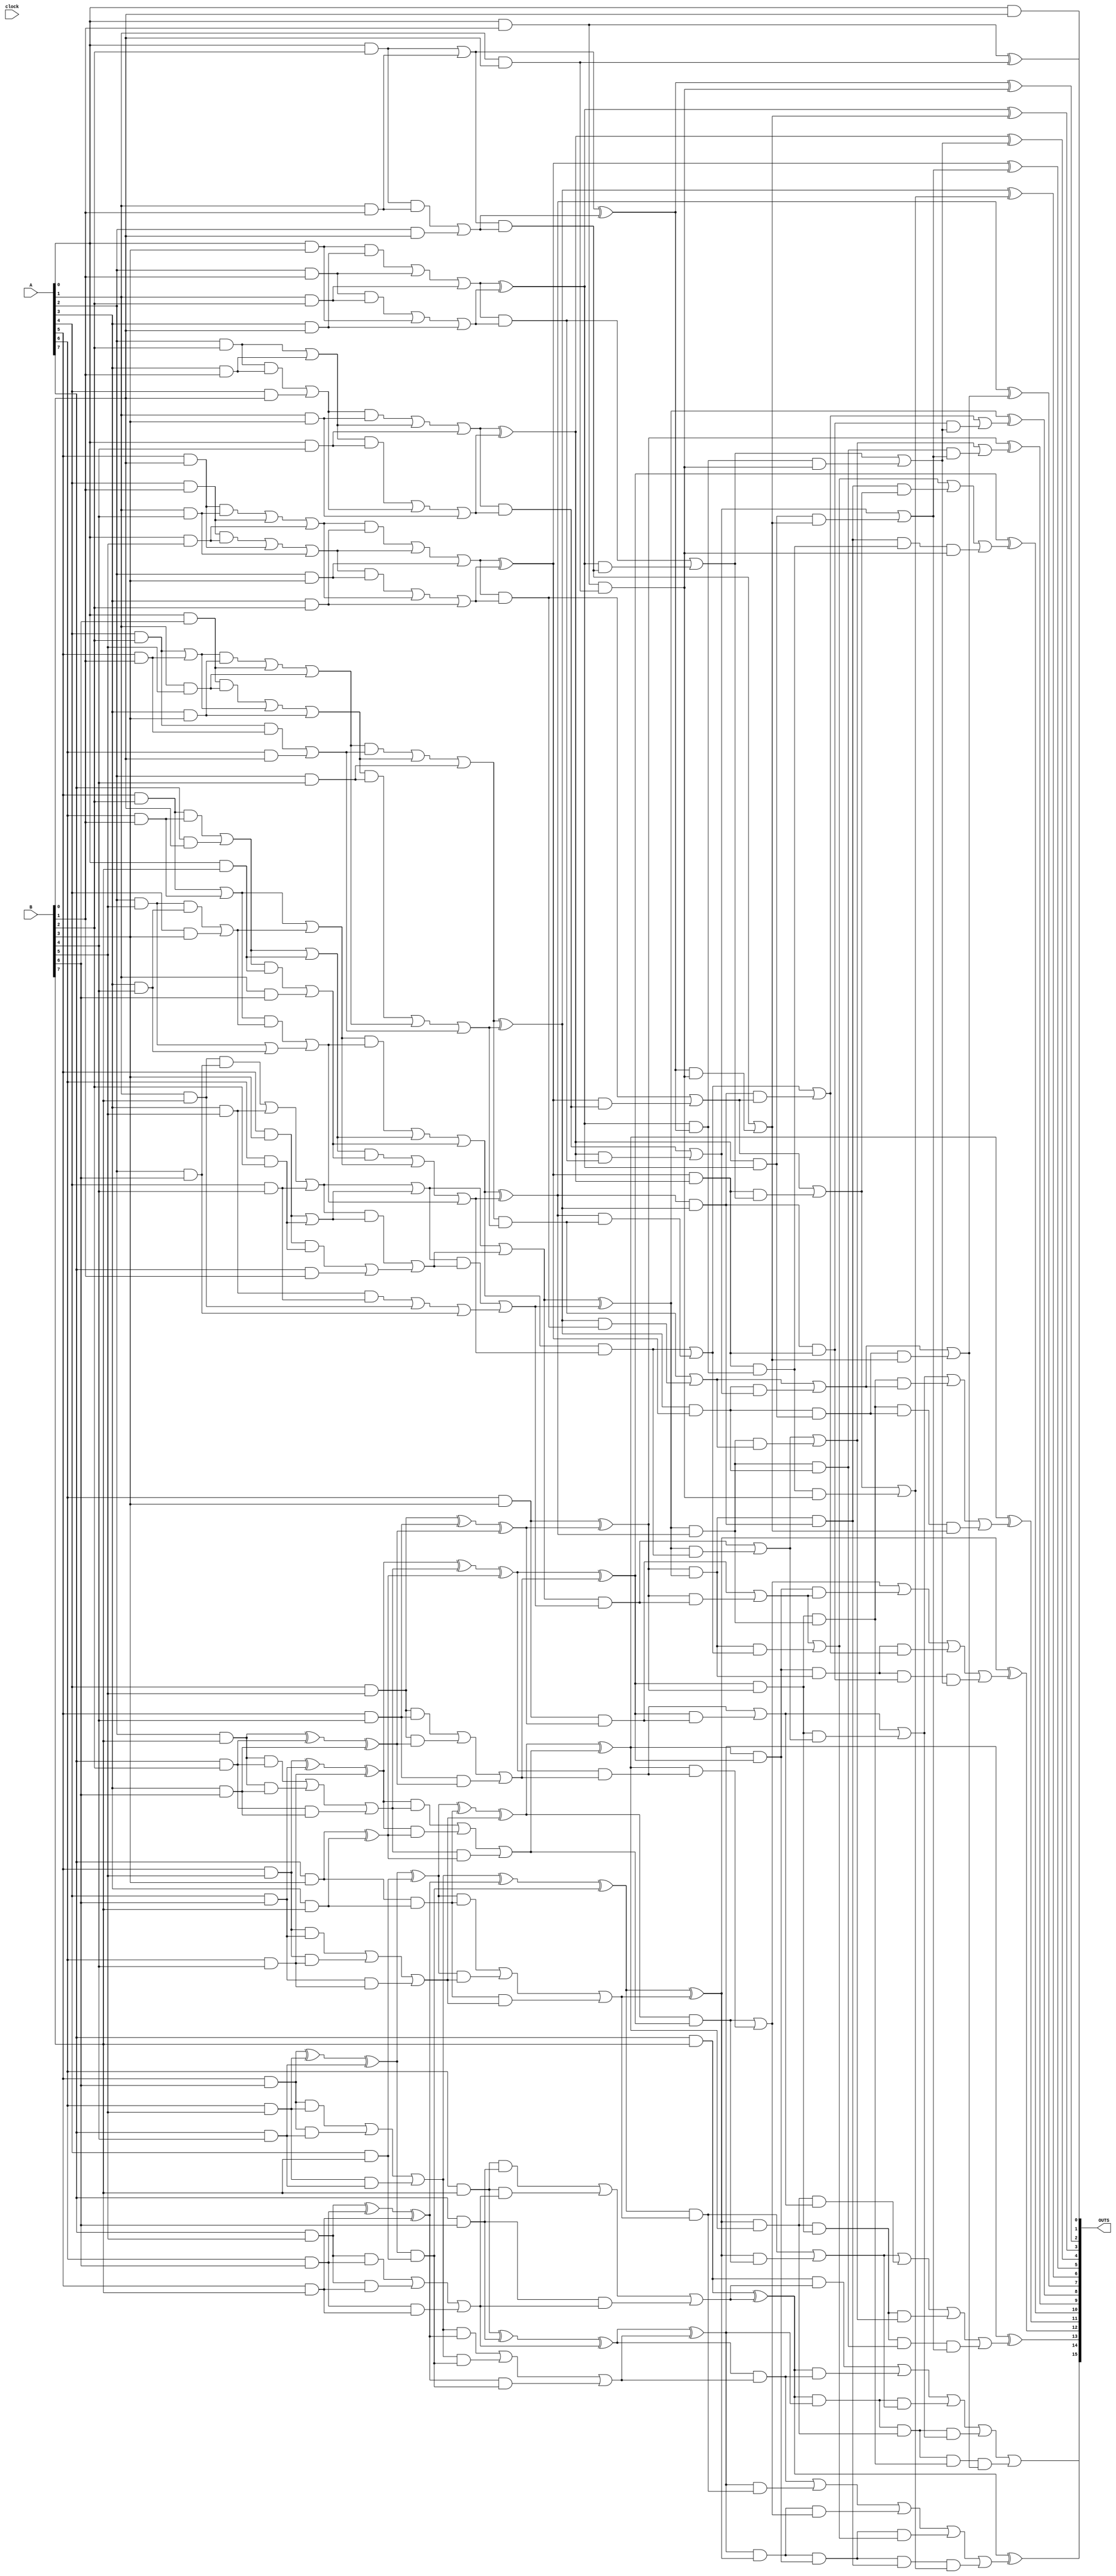
// Generated by MyHDL 0.11


`timescale 1ns/10ps

module Multiplier_KoggeStone (
    A,
    B,
    clock,
    OUTS
);

input clock;
input [7:0] A;
input [7:0] B;
output [15:0] OUTS;
wire [15:0] OUTS;

wire [28:0] OutBits_ct;
wire [63:0] Multiplier0_OutBits_ppg;
wire [63:0] Multiplier0_PPG0_outs_vec;
wire [0:0] Multiplier0_PPG0_AND0_out;
wire [0:0] Multiplier0_PPG0_AND1_out;
wire [0:0] Multiplier0_PPG0_AND2_out;
wire [0:0] Multiplier0_PPG0_AND3_out;
wire [0:0] Multiplier0_PPG0_AND4_out;
wire [0:0] Multiplier0_PPG0_AND5_out;
wire [0:0] Multiplier0_PPG0_AND6_out;
wire [0:0] Multiplier0_PPG0_AND7_out;
wire [0:0] Multiplier0_PPG0_AND8_out;
wire [0:0] Multiplier0_PPG0_AND9_out;
wire [0:0] Multiplier0_PPG0_AND10_out;
wire [0:0] Multiplier0_PPG0_AND11_out;
wire [0:0] Multiplier0_PPG0_AND12_out;
wire [0:0] Multiplier0_PPG0_AND13_out;
wire [0:0] Multiplier0_PPG0_AND14_out;
wire [0:0] Multiplier0_PPG0_AND15_out;
wire [0:0] Multiplier0_PPG0_AND16_out;
wire [0:0] Multiplier0_PPG0_AND17_out;
wire [0:0] Multiplier0_PPG0_AND18_out;
wire [0:0] Multiplier0_PPG0_AND19_out;
wire [0:0] Multiplier0_PPG0_AND20_out;
wire [0:0] Multiplier0_PPG0_AND21_out;
wire [0:0] Multiplier0_PPG0_AND22_out;
wire [0:0] Multiplier0_PPG0_AND23_out;
wire [0:0] Multiplier0_PPG0_AND24_out;
wire [0:0] Multiplier0_PPG0_AND25_out;
wire [0:0] Multiplier0_PPG0_AND26_out;
wire [0:0] Multiplier0_PPG0_AND27_out;
wire [0:0] Multiplier0_PPG0_AND28_out;
wire [0:0] Multiplier0_PPG0_AND29_out;
wire [0:0] Multiplier0_PPG0_AND30_out;
wire [0:0] Multiplier0_PPG0_AND31_out;
wire [0:0] Multiplier0_PPG0_AND32_out;
wire [0:0] Multiplier0_PPG0_AND33_out;
wire [0:0] Multiplier0_PPG0_AND34_out;
wire [0:0] Multiplier0_PPG0_AND35_out;
wire [0:0] Multiplier0_PPG0_AND36_out;
wire [0:0] Multiplier0_PPG0_AND37_out;
wire [0:0] Multiplier0_PPG0_AND38_out;
wire [0:0] Multiplier0_PPG0_AND39_out;
wire [0:0] Multiplier0_PPG0_AND40_out;
wire [0:0] Multiplier0_PPG0_AND41_out;
wire [0:0] Multiplier0_PPG0_AND42_out;
wire [0:0] Multiplier0_PPG0_AND43_out;
wire [0:0] Multiplier0_PPG0_AND44_out;
wire [0:0] Multiplier0_PPG0_AND45_out;
wire [0:0] Multiplier0_PPG0_AND46_out;
wire [0:0] Multiplier0_PPG0_AND47_out;
wire [0:0] Multiplier0_PPG0_AND48_out;
wire [0:0] Multiplier0_PPG0_AND49_out;
wire [0:0] Multiplier0_PPG0_AND50_out;
wire [0:0] Multiplier0_PPG0_AND51_out;
wire [0:0] Multiplier0_PPG0_AND52_out;
wire [0:0] Multiplier0_PPG0_AND53_out;
wire [0:0] Multiplier0_PPG0_AND54_out;
wire [0:0] Multiplier0_PPG0_AND55_out;
wire [0:0] Multiplier0_PPG0_AND56_out;
wire [0:0] Multiplier0_PPG0_AND57_out;
wire [0:0] Multiplier0_PPG0_AND58_out;
wire [0:0] Multiplier0_PPG0_AND59_out;
wire [0:0] Multiplier0_PPG0_AND60_out;
wire [0:0] Multiplier0_PPG0_AND61_out;
wire [0:0] Multiplier0_PPG0_AND62_out;
wire [0:0] Multiplier0_PPG0_AND63_out;
wire [28:0] Multiplier0_CompressorTree0_outs_vec;
wire [0:0] Multiplier0_CompressorTree0_AC320_out1;
wire [0:0] Multiplier0_CompressorTree0_AC320_out2;
wire [0:0] Multiplier0_CompressorTree0_AC321_out1;
wire [0:0] Multiplier0_CompressorTree0_AC321_out2;
wire [0:0] Multiplier0_CompressorTree0_AC322_out1;
wire [0:0] Multiplier0_CompressorTree0_AC322_out2;
wire [0:0] Multiplier0_CompressorTree0_AC323_out1;
wire [0:0] Multiplier0_CompressorTree0_AC323_out2;
wire [0:0] Multiplier0_CompressorTree0_AC324_out1;
wire [0:0] Multiplier0_CompressorTree0_AC324_out2;
wire [0:0] Multiplier0_CompressorTree0_AC420_out1;
wire [0:0] Multiplier0_CompressorTree0_AC420_out2;
wire [0:0] Multiplier0_CompressorTree0_AC325_out1;
wire [0:0] Multiplier0_CompressorTree0_AC325_out2;
wire [0:0] Multiplier0_CompressorTree0_FA0_cout;
wire [0:0] Multiplier0_CompressorTree0_FA0_sum;
wire [0:0] Multiplier0_CompressorTree0_AC421_out1;
wire [0:0] Multiplier0_CompressorTree0_AC421_out2;
wire [0:0] Multiplier0_CompressorTree0_AC422_out1;
wire [0:0] Multiplier0_CompressorTree0_AC422_out2;
wire [0:0] Multiplier0_CompressorTree0_AC423_out1;
wire [0:0] Multiplier0_CompressorTree0_AC423_out2;
wire [0:0] Multiplier0_CompressorTree0_AC326_out1;
wire [0:0] Multiplier0_CompressorTree0_AC326_out2;
wire [0:0] Multiplier0_CompressorTree0_AC327_out1;
wire [0:0] Multiplier0_CompressorTree0_AC327_out2;
wire [0:0] Multiplier0_CompressorTree0_AC328_out1;
wire [0:0] Multiplier0_CompressorTree0_AC328_out2;
wire [0:0] Multiplier0_CompressorTree0_FA1_cout;
wire [0:0] Multiplier0_CompressorTree0_FA1_sum;
wire [0:0] Multiplier0_CompressorTree0_FA2_cout;
wire [0:0] Multiplier0_CompressorTree0_FA2_sum;
wire [0:0] Multiplier0_CompressorTree0_HA0_cout;
wire [0:0] Multiplier0_CompressorTree0_HA0_sum;
wire [0:0] Multiplier0_CompressorTree0_HA1_cout;
wire [0:0] Multiplier0_CompressorTree0_HA1_sum;
wire [0:0] Multiplier0_CompressorTree0_FA3_cout;
wire [0:0] Multiplier0_CompressorTree0_FA3_sum;
wire [0:0] Multiplier0_CompressorTree0_AC424_out1;
wire [0:0] Multiplier0_CompressorTree0_AC424_out2;
wire [0:0] Multiplier0_CompressorTree0_AC425_out1;
wire [0:0] Multiplier0_CompressorTree0_AC425_out2;
wire [0:0] Multiplier0_CompressorTree0_AC426_out1;
wire [0:0] Multiplier0_CompressorTree0_AC426_out2;
wire [0:0] Multiplier0_CompressorTree0_AC427_out1;
wire [0:0] Multiplier0_CompressorTree0_AC427_out2;
wire [0:0] Multiplier0_CompressorTree0_AC329_out1;
wire [0:0] Multiplier0_CompressorTree0_AC329_out2;
wire [0:0] Multiplier0_CompressorTree0_FA4_cout;
wire [0:0] Multiplier0_CompressorTree0_FA4_sum;
wire [0:0] Multiplier0_CompressorTree0_FA5_cout;
wire [0:0] Multiplier0_CompressorTree0_FA5_sum;
wire [0:0] Multiplier0_CompressorTree0_FA6_cout;
wire [0:0] Multiplier0_CompressorTree0_FA6_sum;
wire [0:0] Multiplier0_CompressorTree0_FA7_cout;
wire [0:0] Multiplier0_CompressorTree0_FA7_sum;
wire [0:0] Multiplier0_CompressorTree0_FA8_cout;
wire [0:0] Multiplier0_CompressorTree0_FA8_sum;
wire [15:0] KoggeStone0_outs_vec;
wire [0:0] KoggeStone0_PG_Generator00_g;
wire [0:0] KoggeStone0_PG_Generator00_p;
wire [0:0] KoggeStone0_PG_Generator10_g;
wire [0:0] KoggeStone0_PG_Generator10_p;
wire [0:0] KoggeStone0_PG_Generator11_g;
wire [0:0] KoggeStone0_PG_Generator11_p;
wire [0:0] KoggeStone0_PG_Generator12_g;
wire [0:0] KoggeStone0_PG_Generator12_p;
wire [0:0] KoggeStone0_PG_Generator13_g;
wire [0:0] KoggeStone0_PG_Generator13_p;
wire [0:0] KoggeStone0_PG_Generator14_g;
wire [0:0] KoggeStone0_PG_Generator14_p;
wire [0:0] KoggeStone0_PG_Generator15_g;
wire [0:0] KoggeStone0_PG_Generator15_p;
wire [0:0] KoggeStone0_PG_Generator16_g;
wire [0:0] KoggeStone0_PG_Generator16_p;
wire [0:0] KoggeStone0_PG_Generator17_g;
wire [0:0] KoggeStone0_PG_Generator17_p;
wire [0:0] KoggeStone0_PG_Generator18_g;
wire [0:0] KoggeStone0_PG_Generator18_p;
wire [0:0] KoggeStone0_PG_Generator19_g;
wire [0:0] KoggeStone0_PG_Generator19_p;
wire [0:0] KoggeStone0_PG_Generator110_g;
wire [0:0] KoggeStone0_PG_Generator110_p;
wire [0:0] KoggeStone0_PG_Generator111_g;
wire [0:0] KoggeStone0_PG_Generator111_p;
wire [0:0] KoggeStone0_PG_Generator112_g;
wire [0:0] KoggeStone0_PG_Generator112_p;
wire [0:0] KoggeStone0_PG_Generator113_g;
wire [0:0] KoggeStone0_PG_Generator113_p;
wire [0:0] KoggeStone0_GrayCircle0_go;
wire [0:0] KoggeStone0_BlackCircle0_go;
wire [0:0] KoggeStone0_BlackCircle0_po;
wire [0:0] KoggeStone0_BlackCircle1_go;
wire [0:0] KoggeStone0_BlackCircle1_po;
wire [0:0] KoggeStone0_BlackCircle2_go;
wire [0:0] KoggeStone0_BlackCircle2_po;
wire [0:0] KoggeStone0_BlackCircle3_go;
wire [0:0] KoggeStone0_BlackCircle3_po;
wire [0:0] KoggeStone0_BlackCircle4_go;
wire [0:0] KoggeStone0_BlackCircle4_po;
wire [0:0] KoggeStone0_BlackCircle5_go;
wire [0:0] KoggeStone0_BlackCircle5_po;
wire [0:0] KoggeStone0_BlackCircle6_go;
wire [0:0] KoggeStone0_BlackCircle6_po;
wire [0:0] KoggeStone0_BlackCircle7_go;
wire [0:0] KoggeStone0_BlackCircle7_po;
wire [0:0] KoggeStone0_BlackCircle8_go;
wire [0:0] KoggeStone0_BlackCircle8_po;
wire [0:0] KoggeStone0_BlackCircle9_go;
wire [0:0] KoggeStone0_BlackCircle9_po;
wire [0:0] KoggeStone0_BlackCircle10_go;
wire [0:0] KoggeStone0_BlackCircle10_po;
wire [0:0] KoggeStone0_BlackCircle11_go;
wire [0:0] KoggeStone0_BlackCircle11_po;
wire [0:0] KoggeStone0_BlackCircle12_go;
wire [0:0] KoggeStone0_BlackCircle12_po;
wire [0:0] KoggeStone0_GrayCircle1_go;
wire [0:0] KoggeStone0_GrayCircle2_go;
wire [0:0] KoggeStone0_BlackCircle13_go;
wire [0:0] KoggeStone0_BlackCircle13_po;
wire [0:0] KoggeStone0_BlackCircle14_go;
wire [0:0] KoggeStone0_BlackCircle14_po;
wire [0:0] KoggeStone0_BlackCircle15_go;
wire [0:0] KoggeStone0_BlackCircle15_po;
wire [0:0] KoggeStone0_BlackCircle16_go;
wire [0:0] KoggeStone0_BlackCircle16_po;
wire [0:0] KoggeStone0_BlackCircle17_go;
wire [0:0] KoggeStone0_BlackCircle17_po;
wire [0:0] KoggeStone0_BlackCircle18_go;
wire [0:0] KoggeStone0_BlackCircle18_po;
wire [0:0] KoggeStone0_BlackCircle19_go;
wire [0:0] KoggeStone0_BlackCircle19_po;
wire [0:0] KoggeStone0_BlackCircle20_go;
wire [0:0] KoggeStone0_BlackCircle20_po;
wire [0:0] KoggeStone0_BlackCircle21_go;
wire [0:0] KoggeStone0_BlackCircle21_po;
wire [0:0] KoggeStone0_BlackCircle22_go;
wire [0:0] KoggeStone0_BlackCircle22_po;
wire [0:0] KoggeStone0_BlackCircle23_go;
wire [0:0] KoggeStone0_BlackCircle23_po;
wire [0:0] KoggeStone0_GrayCircle3_go;
wire [0:0] KoggeStone0_GrayCircle4_go;
wire [0:0] KoggeStone0_GrayCircle5_go;
wire [0:0] KoggeStone0_GrayCircle6_go;
wire [0:0] KoggeStone0_BlackCircle24_go;
wire [0:0] KoggeStone0_BlackCircle24_po;
wire [0:0] KoggeStone0_BlackCircle25_go;
wire [0:0] KoggeStone0_BlackCircle25_po;
wire [0:0] KoggeStone0_BlackCircle26_go;
wire [0:0] KoggeStone0_BlackCircle26_po;
wire [0:0] KoggeStone0_BlackCircle27_go;
wire [0:0] KoggeStone0_BlackCircle27_po;
wire [0:0] KoggeStone0_BlackCircle28_go;
wire [0:0] KoggeStone0_BlackCircle28_po;
wire [0:0] KoggeStone0_BlackCircle29_go;
wire [0:0] KoggeStone0_BlackCircle29_po;
wire [0:0] KoggeStone0_BlackCircle30_go;
wire [0:0] KoggeStone0_BlackCircle30_po;
wire [0:0] KoggeStone0_GrayCircle7_go;
wire [0:0] KoggeStone0_GrayCircle8_go;
wire [0:0] KoggeStone0_GrayCircle9_go;
wire [0:0] KoggeStone0_GrayCircle10_go;
wire [0:0] KoggeStone0_GrayCircle11_go;
wire [0:0] KoggeStone0_GrayCircle12_go;
wire [0:0] KoggeStone0_GrayCircle13_go;
wire [0:0] KoggeStone0_FinalSum0_sum;
wire [0:0] KoggeStone0_FinalSum1_sum;
wire [0:0] KoggeStone0_FinalSum2_sum;
wire [0:0] KoggeStone0_FinalSum3_sum;
wire [0:0] KoggeStone0_FinalSum4_sum;
wire [0:0] KoggeStone0_FinalSum5_sum;
wire [0:0] KoggeStone0_FinalSum6_sum;
wire [0:0] KoggeStone0_FinalSum7_sum;
wire [0:0] KoggeStone0_FinalSum8_sum;
wire [0:0] KoggeStone0_FinalSum9_sum;
wire [0:0] KoggeStone0_FinalSum10_sum;
wire [0:0] KoggeStone0_FinalSum11_sum;
wire [0:0] KoggeStone0_FinalSum12_sum;
wire [0:0] KoggeStone0_FinalSum13_sum;

assign Multiplier0_PPG0_outs_vec[63] = Multiplier0_PPG0_AND63_out[0];
assign Multiplier0_PPG0_outs_vec[62] = Multiplier0_PPG0_AND61_out[0];
assign Multiplier0_PPG0_outs_vec[61] = Multiplier0_PPG0_AND62_out[0];
assign Multiplier0_PPG0_outs_vec[60] = Multiplier0_PPG0_AND58_out[0];
assign Multiplier0_PPG0_outs_vec[59] = Multiplier0_PPG0_AND59_out[0];
assign Multiplier0_PPG0_outs_vec[58] = Multiplier0_PPG0_AND60_out[0];
assign Multiplier0_PPG0_outs_vec[57] = Multiplier0_PPG0_AND54_out[0];
assign Multiplier0_PPG0_outs_vec[56] = Multiplier0_PPG0_AND55_out[0];
assign Multiplier0_PPG0_outs_vec[55] = Multiplier0_PPG0_AND56_out[0];
assign Multiplier0_PPG0_outs_vec[54] = Multiplier0_PPG0_AND57_out[0];
assign Multiplier0_PPG0_outs_vec[53] = Multiplier0_PPG0_AND49_out[0];
assign Multiplier0_PPG0_outs_vec[52] = Multiplier0_PPG0_AND50_out[0];
assign Multiplier0_PPG0_outs_vec[51] = Multiplier0_PPG0_AND51_out[0];
assign Multiplier0_PPG0_outs_vec[50] = Multiplier0_PPG0_AND52_out[0];
assign Multiplier0_PPG0_outs_vec[49] = Multiplier0_PPG0_AND53_out[0];
assign Multiplier0_PPG0_outs_vec[48] = Multiplier0_PPG0_AND43_out[0];
assign Multiplier0_PPG0_outs_vec[47] = Multiplier0_PPG0_AND44_out[0];
assign Multiplier0_PPG0_outs_vec[46] = Multiplier0_PPG0_AND45_out[0];
assign Multiplier0_PPG0_outs_vec[45] = Multiplier0_PPG0_AND46_out[0];
assign Multiplier0_PPG0_outs_vec[44] = Multiplier0_PPG0_AND47_out[0];
assign Multiplier0_PPG0_outs_vec[43] = Multiplier0_PPG0_AND48_out[0];
assign Multiplier0_PPG0_outs_vec[42] = Multiplier0_PPG0_AND36_out[0];
assign Multiplier0_PPG0_outs_vec[41] = Multiplier0_PPG0_AND37_out[0];
assign Multiplier0_PPG0_outs_vec[40] = Multiplier0_PPG0_AND38_out[0];
assign Multiplier0_PPG0_outs_vec[39] = Multiplier0_PPG0_AND39_out[0];
assign Multiplier0_PPG0_outs_vec[38] = Multiplier0_PPG0_AND40_out[0];
assign Multiplier0_PPG0_outs_vec[37] = Multiplier0_PPG0_AND41_out[0];
assign Multiplier0_PPG0_outs_vec[36] = Multiplier0_PPG0_AND42_out[0];
assign Multiplier0_PPG0_outs_vec[35] = Multiplier0_PPG0_AND28_out[0];
assign Multiplier0_PPG0_outs_vec[34] = Multiplier0_PPG0_AND29_out[0];
assign Multiplier0_PPG0_outs_vec[33] = Multiplier0_PPG0_AND30_out[0];
assign Multiplier0_PPG0_outs_vec[32] = Multiplier0_PPG0_AND31_out[0];
assign Multiplier0_PPG0_outs_vec[31] = Multiplier0_PPG0_AND32_out[0];
assign Multiplier0_PPG0_outs_vec[30] = Multiplier0_PPG0_AND33_out[0];
assign Multiplier0_PPG0_outs_vec[29] = Multiplier0_PPG0_AND34_out[0];
assign Multiplier0_PPG0_outs_vec[28] = Multiplier0_PPG0_AND35_out[0];
assign Multiplier0_PPG0_outs_vec[27] = Multiplier0_PPG0_AND21_out[0];
assign Multiplier0_PPG0_outs_vec[26] = Multiplier0_PPG0_AND22_out[0];
assign Multiplier0_PPG0_outs_vec[25] = Multiplier0_PPG0_AND23_out[0];
assign Multiplier0_PPG0_outs_vec[24] = Multiplier0_PPG0_AND24_out[0];
assign Multiplier0_PPG0_outs_vec[23] = Multiplier0_PPG0_AND25_out[0];
assign Multiplier0_PPG0_outs_vec[22] = Multiplier0_PPG0_AND26_out[0];
assign Multiplier0_PPG0_outs_vec[21] = Multiplier0_PPG0_AND27_out[0];
assign Multiplier0_PPG0_outs_vec[20] = Multiplier0_PPG0_AND15_out[0];
assign Multiplier0_PPG0_outs_vec[19] = Multiplier0_PPG0_AND16_out[0];
assign Multiplier0_PPG0_outs_vec[18] = Multiplier0_PPG0_AND17_out[0];
assign Multiplier0_PPG0_outs_vec[17] = Multiplier0_PPG0_AND18_out[0];
assign Multiplier0_PPG0_outs_vec[16] = Multiplier0_PPG0_AND19_out[0];
assign Multiplier0_PPG0_outs_vec[15] = Multiplier0_PPG0_AND20_out[0];
assign Multiplier0_PPG0_outs_vec[14] = Multiplier0_PPG0_AND10_out[0];
assign Multiplier0_PPG0_outs_vec[13] = Multiplier0_PPG0_AND11_out[0];
assign Multiplier0_PPG0_outs_vec[12] = Multiplier0_PPG0_AND12_out[0];
assign Multiplier0_PPG0_outs_vec[11] = Multiplier0_PPG0_AND13_out[0];
assign Multiplier0_PPG0_outs_vec[10] = Multiplier0_PPG0_AND14_out[0];
assign Multiplier0_PPG0_outs_vec[9] = Multiplier0_PPG0_AND6_out[0];
assign Multiplier0_PPG0_outs_vec[8] = Multiplier0_PPG0_AND7_out[0];
assign Multiplier0_PPG0_outs_vec[7] = Multiplier0_PPG0_AND8_out[0];
assign Multiplier0_PPG0_outs_vec[6] = Multiplier0_PPG0_AND9_out[0];
assign Multiplier0_PPG0_outs_vec[5] = Multiplier0_PPG0_AND3_out[0];
assign Multiplier0_PPG0_outs_vec[4] = Multiplier0_PPG0_AND4_out[0];
assign Multiplier0_PPG0_outs_vec[3] = Multiplier0_PPG0_AND5_out[0];
assign Multiplier0_PPG0_outs_vec[2] = Multiplier0_PPG0_AND1_out[0];
assign Multiplier0_PPG0_outs_vec[1] = Multiplier0_PPG0_AND2_out[0];
assign Multiplier0_PPG0_outs_vec[0] = Multiplier0_PPG0_AND0_out[0];
assign Multiplier0_CompressorTree0_outs_vec[28] = Multiplier0_CompressorTree0_FA8_cout[0];
assign Multiplier0_CompressorTree0_outs_vec[27] = Multiplier0_OutBits_ppg[63];
assign Multiplier0_CompressorTree0_outs_vec[26] = Multiplier0_CompressorTree0_FA7_cout[0];
assign Multiplier0_CompressorTree0_outs_vec[25] = Multiplier0_CompressorTree0_FA8_sum[0];
assign Multiplier0_CompressorTree0_outs_vec[24] = Multiplier0_CompressorTree0_FA6_cout[0];
assign Multiplier0_CompressorTree0_outs_vec[23] = Multiplier0_CompressorTree0_FA7_sum[0];
assign Multiplier0_CompressorTree0_outs_vec[22] = Multiplier0_CompressorTree0_FA5_cout[0];
assign Multiplier0_CompressorTree0_outs_vec[21] = Multiplier0_CompressorTree0_FA6_sum[0];
assign Multiplier0_CompressorTree0_outs_vec[20] = Multiplier0_CompressorTree0_FA4_cout[0];
assign Multiplier0_CompressorTree0_outs_vec[19] = Multiplier0_CompressorTree0_FA5_sum[0];
assign Multiplier0_CompressorTree0_outs_vec[18] = Multiplier0_CompressorTree0_FA4_sum[0];
assign Multiplier0_CompressorTree0_outs_vec[17] = Multiplier0_OutBits_ppg[47];
assign Multiplier0_CompressorTree0_outs_vec[16] = Multiplier0_CompressorTree0_AC329_out2[0];
assign Multiplier0_CompressorTree0_outs_vec[15] = Multiplier0_CompressorTree0_AC329_out1[0];
assign Multiplier0_CompressorTree0_outs_vec[14] = Multiplier0_CompressorTree0_AC427_out2[0];
assign Multiplier0_CompressorTree0_outs_vec[13] = Multiplier0_CompressorTree0_AC427_out1[0];
assign Multiplier0_CompressorTree0_outs_vec[12] = Multiplier0_CompressorTree0_AC426_out2[0];
assign Multiplier0_CompressorTree0_outs_vec[11] = Multiplier0_CompressorTree0_AC426_out1[0];
assign Multiplier0_CompressorTree0_outs_vec[10] = Multiplier0_CompressorTree0_AC425_out2[0];
assign Multiplier0_CompressorTree0_outs_vec[9] = Multiplier0_CompressorTree0_AC425_out1[0];
assign Multiplier0_CompressorTree0_outs_vec[8] = Multiplier0_CompressorTree0_AC421_out1[0];
assign Multiplier0_CompressorTree0_outs_vec[7] = Multiplier0_CompressorTree0_AC421_out2[0];
assign Multiplier0_CompressorTree0_outs_vec[6] = Multiplier0_CompressorTree0_AC424_out2[0];
assign Multiplier0_CompressorTree0_outs_vec[5] = Multiplier0_CompressorTree0_AC424_out1[0];
assign Multiplier0_CompressorTree0_outs_vec[4] = Multiplier0_CompressorTree0_AC320_out2[0];
assign Multiplier0_CompressorTree0_outs_vec[3] = Multiplier0_CompressorTree0_AC320_out1[0];
assign Multiplier0_CompressorTree0_outs_vec[2] = Multiplier0_OutBits_ppg[2];
assign Multiplier0_CompressorTree0_outs_vec[1] = Multiplier0_OutBits_ppg[1];
assign Multiplier0_CompressorTree0_outs_vec[0] = Multiplier0_OutBits_ppg[0];
assign KoggeStone0_outs_vec[15] = KoggeStone0_GrayCircle13_go[0];
assign KoggeStone0_outs_vec[14] = KoggeStone0_FinalSum13_sum[0];
assign KoggeStone0_outs_vec[13] = KoggeStone0_FinalSum12_sum[0];
assign KoggeStone0_outs_vec[12] = KoggeStone0_FinalSum11_sum[0];
assign KoggeStone0_outs_vec[11] = KoggeStone0_FinalSum10_sum[0];
assign KoggeStone0_outs_vec[10] = KoggeStone0_FinalSum9_sum[0];
assign KoggeStone0_outs_vec[9] = KoggeStone0_FinalSum8_sum[0];
assign KoggeStone0_outs_vec[8] = KoggeStone0_FinalSum7_sum[0];
assign KoggeStone0_outs_vec[7] = KoggeStone0_FinalSum6_sum[0];
assign KoggeStone0_outs_vec[6] = KoggeStone0_FinalSum5_sum[0];
assign KoggeStone0_outs_vec[5] = KoggeStone0_FinalSum4_sum[0];
assign KoggeStone0_outs_vec[4] = KoggeStone0_FinalSum3_sum[0];
assign KoggeStone0_outs_vec[3] = KoggeStone0_FinalSum2_sum[0];
assign KoggeStone0_outs_vec[2] = KoggeStone0_FinalSum1_sum[0];
assign KoggeStone0_outs_vec[1] = KoggeStone0_FinalSum0_sum[0];
assign KoggeStone0_outs_vec[0] = KoggeStone0_PG_Generator00_p[0];



assign Multiplier0_PPG0_AND0_out = (A[0] & B[0]);



assign Multiplier0_PPG0_AND1_out = (A[1] & B[0]);



assign Multiplier0_PPG0_AND2_out = (A[0] & B[1]);



assign Multiplier0_PPG0_AND3_out = (A[2] & B[0]);



assign Multiplier0_PPG0_AND4_out = (A[1] & B[1]);



assign Multiplier0_PPG0_AND5_out = (A[0] & B[2]);



assign Multiplier0_PPG0_AND6_out = (A[3] & B[0]);



assign Multiplier0_PPG0_AND7_out = (A[2] & B[1]);



assign Multiplier0_PPG0_AND8_out = (A[1] & B[2]);



assign Multiplier0_PPG0_AND9_out = (A[0] & B[3]);



assign Multiplier0_PPG0_AND10_out = (A[4] & B[0]);



assign Multiplier0_PPG0_AND11_out = (A[3] & B[1]);



assign Multiplier0_PPG0_AND12_out = (A[2] & B[2]);



assign Multiplier0_PPG0_AND13_out = (A[1] & B[3]);



assign Multiplier0_PPG0_AND14_out = (A[0] & B[4]);



assign Multiplier0_PPG0_AND15_out = (A[5] & B[0]);



assign Multiplier0_PPG0_AND16_out = (A[4] & B[1]);



assign Multiplier0_PPG0_AND17_out = (A[3] & B[2]);



assign Multiplier0_PPG0_AND18_out = (A[2] & B[3]);



assign Multiplier0_PPG0_AND19_out = (A[1] & B[4]);



assign Multiplier0_PPG0_AND20_out = (A[0] & B[5]);



assign Multiplier0_PPG0_AND21_out = (A[6] & B[0]);



assign Multiplier0_PPG0_AND22_out = (A[5] & B[1]);



assign Multiplier0_PPG0_AND23_out = (A[4] & B[2]);



assign Multiplier0_PPG0_AND24_out = (A[3] & B[3]);



assign Multiplier0_PPG0_AND25_out = (A[2] & B[4]);



assign Multiplier0_PPG0_AND26_out = (A[1] & B[5]);



assign Multiplier0_PPG0_AND27_out = (A[0] & B[6]);



assign Multiplier0_PPG0_AND28_out = (A[7] & B[0]);



assign Multiplier0_PPG0_AND29_out = (A[6] & B[1]);



assign Multiplier0_PPG0_AND30_out = (A[5] & B[2]);



assign Multiplier0_PPG0_AND31_out = (A[4] & B[3]);



assign Multiplier0_PPG0_AND32_out = (A[3] & B[4]);



assign Multiplier0_PPG0_AND33_out = (A[2] & B[5]);



assign Multiplier0_PPG0_AND34_out = (A[1] & B[6]);



assign Multiplier0_PPG0_AND35_out = (A[0] & B[7]);



assign Multiplier0_PPG0_AND36_out = (A[7] & B[1]);



assign Multiplier0_PPG0_AND37_out = (A[6] & B[2]);



assign Multiplier0_PPG0_AND38_out = (A[5] & B[3]);



assign Multiplier0_PPG0_AND39_out = (A[4] & B[4]);



assign Multiplier0_PPG0_AND40_out = (A[3] & B[5]);



assign Multiplier0_PPG0_AND41_out = (A[2] & B[6]);



assign Multiplier0_PPG0_AND42_out = (A[1] & B[7]);



assign Multiplier0_PPG0_AND43_out = (A[7] & B[2]);



assign Multiplier0_PPG0_AND44_out = (A[6] & B[3]);



assign Multiplier0_PPG0_AND45_out = (A[5] & B[4]);



assign Multiplier0_PPG0_AND46_out = (A[4] & B[5]);



assign Multiplier0_PPG0_AND47_out = (A[3] & B[6]);



assign Multiplier0_PPG0_AND48_out = (A[2] & B[7]);



assign Multiplier0_PPG0_AND49_out = (A[7] & B[3]);



assign Multiplier0_PPG0_AND50_out = (A[6] & B[4]);



assign Multiplier0_PPG0_AND51_out = (A[5] & B[5]);



assign Multiplier0_PPG0_AND52_out = (A[4] & B[6]);



assign Multiplier0_PPG0_AND53_out = (A[3] & B[7]);



assign Multiplier0_PPG0_AND54_out = (A[7] & B[4]);



assign Multiplier0_PPG0_AND55_out = (A[6] & B[5]);



assign Multiplier0_PPG0_AND56_out = (A[5] & B[6]);



assign Multiplier0_PPG0_AND57_out = (A[4] & B[7]);



assign Multiplier0_PPG0_AND58_out = (A[7] & B[5]);



assign Multiplier0_PPG0_AND59_out = (A[6] & B[6]);



assign Multiplier0_PPG0_AND60_out = (A[5] & B[7]);



assign Multiplier0_PPG0_AND61_out = (A[7] & B[6]);



assign Multiplier0_PPG0_AND62_out = (A[6] & B[7]);



assign Multiplier0_PPG0_AND63_out = (A[7] & B[7]);



assign Multiplier0_OutBits_ppg = Multiplier0_PPG0_outs_vec;



assign Multiplier0_CompressorTree0_AC320_out2 = ((Multiplier0_OutBits_ppg[3] & Multiplier0_OutBits_ppg[4]) | Multiplier0_OutBits_ppg[5]);
assign Multiplier0_CompressorTree0_AC320_out1 = (Multiplier0_OutBits_ppg[3] | Multiplier0_OutBits_ppg[4]);



assign Multiplier0_CompressorTree0_AC321_out2 = ((Multiplier0_OutBits_ppg[12] & Multiplier0_OutBits_ppg[13]) | Multiplier0_OutBits_ppg[14]);
assign Multiplier0_CompressorTree0_AC321_out1 = (Multiplier0_OutBits_ppg[12] | Multiplier0_OutBits_ppg[13]);



assign Multiplier0_CompressorTree0_AC322_out2 = ((Multiplier0_OutBits_ppg[25] & Multiplier0_OutBits_ppg[26]) | Multiplier0_OutBits_ppg[27]);
assign Multiplier0_CompressorTree0_AC322_out1 = (Multiplier0_OutBits_ppg[25] | Multiplier0_OutBits_ppg[26]);



assign Multiplier0_CompressorTree0_AC323_out2 = ((Multiplier0_OutBits_ppg[30] & Multiplier0_OutBits_ppg[31]) | Multiplier0_OutBits_ppg[32]);
assign Multiplier0_CompressorTree0_AC323_out1 = (Multiplier0_OutBits_ppg[30] | Multiplier0_OutBits_ppg[31]);



assign Multiplier0_CompressorTree0_AC324_out2 = ((Multiplier0_OutBits_ppg[33] & Multiplier0_OutBits_ppg[34]) | Multiplier0_OutBits_ppg[35]);
assign Multiplier0_CompressorTree0_AC324_out1 = (Multiplier0_OutBits_ppg[33] | Multiplier0_OutBits_ppg[34]);



assign Multiplier0_CompressorTree0_AC420_out2 = (((Multiplier0_OutBits_ppg[36] & Multiplier0_OutBits_ppg[37]) | Multiplier0_OutBits_ppg[38]) | Multiplier0_OutBits_ppg[39]);
assign Multiplier0_CompressorTree0_AC420_out1 = (((Multiplier0_OutBits_ppg[38] & Multiplier0_OutBits_ppg[39]) | Multiplier0_OutBits_ppg[36]) | Multiplier0_OutBits_ppg[37]);



assign Multiplier0_CompressorTree0_AC325_out2 = ((Multiplier0_OutBits_ppg[40] & Multiplier0_OutBits_ppg[41]) | Multiplier0_OutBits_ppg[42]);
assign Multiplier0_CompressorTree0_AC325_out1 = (Multiplier0_OutBits_ppg[40] | Multiplier0_OutBits_ppg[41]);



assign Multiplier0_CompressorTree0_FA0_sum = ((Multiplier0_OutBits_ppg[55] ^ Multiplier0_OutBits_ppg[56]) ^ Multiplier0_OutBits_ppg[57]);
assign Multiplier0_CompressorTree0_FA0_cout = (((Multiplier0_OutBits_ppg[55] & Multiplier0_OutBits_ppg[56]) | (Multiplier0_OutBits_ppg[55] & Multiplier0_OutBits_ppg[57])) | (Multiplier0_OutBits_ppg[56] & Multiplier0_OutBits_ppg[57]));



assign Multiplier0_CompressorTree0_AC421_out2 = (((Multiplier0_CompressorTree0_AC321_out2 & Multiplier0_OutBits_ppg[11]) | Multiplier0_CompressorTree0_AC321_out1) | Multiplier0_OutBits_ppg[10]);
assign Multiplier0_CompressorTree0_AC421_out1 = (((Multiplier0_CompressorTree0_AC321_out1 & Multiplier0_OutBits_ppg[10]) | Multiplier0_CompressorTree0_AC321_out2) | Multiplier0_OutBits_ppg[11]);



assign Multiplier0_CompressorTree0_AC422_out2 = (((Multiplier0_OutBits_ppg[19] & Multiplier0_OutBits_ppg[15]) | Multiplier0_OutBits_ppg[20]) | Multiplier0_OutBits_ppg[16]);
assign Multiplier0_CompressorTree0_AC422_out1 = (((Multiplier0_OutBits_ppg[20] & Multiplier0_OutBits_ppg[16]) | Multiplier0_OutBits_ppg[19]) | Multiplier0_OutBits_ppg[15]);



assign Multiplier0_CompressorTree0_AC423_out2 = (((Multiplier0_OutBits_ppg[21] & Multiplier0_OutBits_ppg[22]) | Multiplier0_CompressorTree0_AC322_out1) | Multiplier0_OutBits_ppg[24]);
assign Multiplier0_CompressorTree0_AC423_out1 = (((Multiplier0_CompressorTree0_AC322_out1 & Multiplier0_OutBits_ppg[24]) | Multiplier0_OutBits_ppg[21]) | Multiplier0_OutBits_ppg[22]);



assign Multiplier0_CompressorTree0_AC326_out2 = ((Multiplier0_CompressorTree0_AC324_out2 & Multiplier0_OutBits_ppg[28]) | Multiplier0_OutBits_ppg[29]);
assign Multiplier0_CompressorTree0_AC326_out1 = (Multiplier0_CompressorTree0_AC324_out2 | Multiplier0_OutBits_ppg[28]);



assign Multiplier0_CompressorTree0_AC327_out2 = ((Multiplier0_CompressorTree0_AC324_out1 & Multiplier0_CompressorTree0_AC323_out2) | Multiplier0_CompressorTree0_AC323_out1);
assign Multiplier0_CompressorTree0_AC327_out1 = (Multiplier0_CompressorTree0_AC324_out1 | Multiplier0_CompressorTree0_AC323_out2);



assign Multiplier0_CompressorTree0_AC328_out2 = ((Multiplier0_CompressorTree0_AC420_out2 & Multiplier0_CompressorTree0_AC325_out1) | Multiplier0_CompressorTree0_AC325_out2);
assign Multiplier0_CompressorTree0_AC328_out1 = (Multiplier0_CompressorTree0_AC420_out2 | Multiplier0_CompressorTree0_AC325_out1);



assign Multiplier0_CompressorTree0_FA1_sum = ((Multiplier0_OutBits_ppg[43] ^ Multiplier0_OutBits_ppg[48]) ^ Multiplier0_OutBits_ppg[44]);
assign Multiplier0_CompressorTree0_FA1_cout = (((Multiplier0_OutBits_ppg[43] & Multiplier0_OutBits_ppg[48]) | (Multiplier0_OutBits_ppg[43] & Multiplier0_OutBits_ppg[44])) | (Multiplier0_OutBits_ppg[48] & Multiplier0_OutBits_ppg[44]));



assign Multiplier0_CompressorTree0_FA2_sum = ((Multiplier0_OutBits_ppg[51] ^ Multiplier0_OutBits_ppg[50]) ^ Multiplier0_OutBits_ppg[52]);
assign Multiplier0_CompressorTree0_FA2_cout = (((Multiplier0_OutBits_ppg[51] & Multiplier0_OutBits_ppg[50]) | (Multiplier0_OutBits_ppg[51] & Multiplier0_OutBits_ppg[52])) | (Multiplier0_OutBits_ppg[50] & Multiplier0_OutBits_ppg[52]));



assign Multiplier0_CompressorTree0_HA0_sum = (Multiplier0_OutBits_ppg[53] ^ Multiplier0_OutBits_ppg[49]);
assign Multiplier0_CompressorTree0_HA0_cout = (Multiplier0_OutBits_ppg[53] & Multiplier0_OutBits_ppg[49]);



assign Multiplier0_CompressorTree0_HA1_sum = (Multiplier0_CompressorTree0_FA0_sum ^ Multiplier0_OutBits_ppg[54]);
assign Multiplier0_CompressorTree0_HA1_cout = (Multiplier0_CompressorTree0_FA0_sum & Multiplier0_OutBits_ppg[54]);



assign Multiplier0_CompressorTree0_FA3_sum = ((Multiplier0_OutBits_ppg[60] ^ Multiplier0_OutBits_ppg[59]) ^ Multiplier0_OutBits_ppg[58]);
assign Multiplier0_CompressorTree0_FA3_cout = (((Multiplier0_OutBits_ppg[60] & Multiplier0_OutBits_ppg[59]) | (Multiplier0_OutBits_ppg[60] & Multiplier0_OutBits_ppg[58])) | (Multiplier0_OutBits_ppg[59] & Multiplier0_OutBits_ppg[58]));



assign Multiplier0_CompressorTree0_AC424_out2 = (((Multiplier0_OutBits_ppg[8] & Multiplier0_OutBits_ppg[7]) | Multiplier0_OutBits_ppg[6]) | Multiplier0_OutBits_ppg[9]);
assign Multiplier0_CompressorTree0_AC424_out1 = (((Multiplier0_OutBits_ppg[6] & Multiplier0_OutBits_ppg[9]) | Multiplier0_OutBits_ppg[8]) | Multiplier0_OutBits_ppg[7]);



assign Multiplier0_CompressorTree0_AC425_out2 = (((Multiplier0_CompressorTree0_AC422_out2 & Multiplier0_OutBits_ppg[17]) | Multiplier0_CompressorTree0_AC422_out1) | Multiplier0_OutBits_ppg[18]);
assign Multiplier0_CompressorTree0_AC425_out1 = (((Multiplier0_CompressorTree0_AC422_out1 & Multiplier0_OutBits_ppg[18]) | Multiplier0_CompressorTree0_AC422_out2) | Multiplier0_OutBits_ppg[17]);



assign Multiplier0_CompressorTree0_AC426_out2 = (((Multiplier0_CompressorTree0_AC423_out2 & Multiplier0_OutBits_ppg[23]) | Multiplier0_CompressorTree0_AC423_out1) | Multiplier0_CompressorTree0_AC322_out2);
assign Multiplier0_CompressorTree0_AC426_out1 = (((Multiplier0_CompressorTree0_AC423_out1 & Multiplier0_CompressorTree0_AC322_out2) | Multiplier0_CompressorTree0_AC423_out2) | Multiplier0_OutBits_ppg[23]);



assign Multiplier0_CompressorTree0_AC427_out2 = (((Multiplier0_CompressorTree0_AC326_out1 & Multiplier0_CompressorTree0_AC326_out2) | Multiplier0_CompressorTree0_AC327_out1) | Multiplier0_CompressorTree0_AC327_out2);
assign Multiplier0_CompressorTree0_AC427_out1 = (((Multiplier0_CompressorTree0_AC327_out1 & Multiplier0_CompressorTree0_AC327_out2) | Multiplier0_CompressorTree0_AC326_out1) | Multiplier0_CompressorTree0_AC326_out2);



assign Multiplier0_CompressorTree0_AC329_out2 = ((Multiplier0_CompressorTree0_AC328_out1 & Multiplier0_CompressorTree0_AC328_out2) | Multiplier0_CompressorTree0_AC420_out1);
assign Multiplier0_CompressorTree0_AC329_out1 = (Multiplier0_CompressorTree0_AC328_out1 | Multiplier0_CompressorTree0_AC328_out2);



assign Multiplier0_CompressorTree0_FA4_sum = ((Multiplier0_OutBits_ppg[45] ^ Multiplier0_OutBits_ppg[46]) ^ Multiplier0_CompressorTree0_FA1_sum);
assign Multiplier0_CompressorTree0_FA4_cout = (((Multiplier0_OutBits_ppg[45] & Multiplier0_OutBits_ppg[46]) | (Multiplier0_OutBits_ppg[45] & Multiplier0_CompressorTree0_FA1_sum)) | (Multiplier0_OutBits_ppg[46] & Multiplier0_CompressorTree0_FA1_sum));



assign Multiplier0_CompressorTree0_FA5_sum = ((Multiplier0_CompressorTree0_FA2_sum ^ Multiplier0_CompressorTree0_FA1_cout) ^ Multiplier0_CompressorTree0_HA0_sum);
assign Multiplier0_CompressorTree0_FA5_cout = (((Multiplier0_CompressorTree0_FA2_sum & Multiplier0_CompressorTree0_FA1_cout) | (Multiplier0_CompressorTree0_FA2_sum & Multiplier0_CompressorTree0_HA0_sum)) | (Multiplier0_CompressorTree0_FA1_cout & Multiplier0_CompressorTree0_HA0_sum));



assign Multiplier0_CompressorTree0_FA6_sum = ((Multiplier0_CompressorTree0_HA1_sum ^ Multiplier0_CompressorTree0_HA0_cout) ^ Multiplier0_CompressorTree0_FA2_cout);
assign Multiplier0_CompressorTree0_FA6_cout = (((Multiplier0_CompressorTree0_HA1_sum & Multiplier0_CompressorTree0_HA0_cout) | (Multiplier0_CompressorTree0_HA1_sum & Multiplier0_CompressorTree0_FA2_cout)) | (Multiplier0_CompressorTree0_HA0_cout & Multiplier0_CompressorTree0_FA2_cout));



assign Multiplier0_CompressorTree0_FA7_sum = ((Multiplier0_CompressorTree0_FA0_cout ^ Multiplier0_CompressorTree0_FA3_sum) ^ Multiplier0_CompressorTree0_HA1_cout);
assign Multiplier0_CompressorTree0_FA7_cout = (((Multiplier0_CompressorTree0_FA0_cout & Multiplier0_CompressorTree0_FA3_sum) | (Multiplier0_CompressorTree0_FA0_cout & Multiplier0_CompressorTree0_HA1_cout)) | (Multiplier0_CompressorTree0_FA3_sum & Multiplier0_CompressorTree0_HA1_cout));



assign Multiplier0_CompressorTree0_FA8_sum = ((Multiplier0_OutBits_ppg[61] ^ Multiplier0_OutBits_ppg[62]) ^ Multiplier0_CompressorTree0_FA3_cout);
assign Multiplier0_CompressorTree0_FA8_cout = (((Multiplier0_OutBits_ppg[61] & Multiplier0_OutBits_ppg[62]) | (Multiplier0_OutBits_ppg[61] & Multiplier0_CompressorTree0_FA3_cout)) | (Multiplier0_OutBits_ppg[62] & Multiplier0_CompressorTree0_FA3_cout));



assign OutBits_ct = Multiplier0_CompressorTree0_outs_vec;



assign KoggeStone0_PG_Generator00_p = OutBits_ct[0];
assign KoggeStone0_PG_Generator00_g = 1'h0;



assign KoggeStone0_PG_Generator10_p = (OutBits_ct[1] ^ OutBits_ct[2]);
assign KoggeStone0_PG_Generator10_g = (OutBits_ct[1] & OutBits_ct[2]);



assign KoggeStone0_PG_Generator11_p = (OutBits_ct[3] ^ OutBits_ct[4]);
assign KoggeStone0_PG_Generator11_g = (OutBits_ct[3] & OutBits_ct[4]);



assign KoggeStone0_PG_Generator12_p = (OutBits_ct[5] ^ OutBits_ct[6]);
assign KoggeStone0_PG_Generator12_g = (OutBits_ct[5] & OutBits_ct[6]);



assign KoggeStone0_PG_Generator13_p = (OutBits_ct[7] ^ OutBits_ct[8]);
assign KoggeStone0_PG_Generator13_g = (OutBits_ct[7] & OutBits_ct[8]);



assign KoggeStone0_PG_Generator14_p = (OutBits_ct[9] ^ OutBits_ct[10]);
assign KoggeStone0_PG_Generator14_g = (OutBits_ct[9] & OutBits_ct[10]);



assign KoggeStone0_PG_Generator15_p = (OutBits_ct[11] ^ OutBits_ct[12]);
assign KoggeStone0_PG_Generator15_g = (OutBits_ct[11] & OutBits_ct[12]);



assign KoggeStone0_PG_Generator16_p = (OutBits_ct[13] ^ OutBits_ct[14]);
assign KoggeStone0_PG_Generator16_g = (OutBits_ct[13] & OutBits_ct[14]);



assign KoggeStone0_PG_Generator17_p = (OutBits_ct[15] ^ OutBits_ct[16]);
assign KoggeStone0_PG_Generator17_g = (OutBits_ct[15] & OutBits_ct[16]);



assign KoggeStone0_PG_Generator18_p = (OutBits_ct[17] ^ OutBits_ct[18]);
assign KoggeStone0_PG_Generator18_g = (OutBits_ct[17] & OutBits_ct[18]);



assign KoggeStone0_PG_Generator19_p = (OutBits_ct[19] ^ OutBits_ct[20]);
assign KoggeStone0_PG_Generator19_g = (OutBits_ct[19] & OutBits_ct[20]);



assign KoggeStone0_PG_Generator110_p = (OutBits_ct[21] ^ OutBits_ct[22]);
assign KoggeStone0_PG_Generator110_g = (OutBits_ct[21] & OutBits_ct[22]);



assign KoggeStone0_PG_Generator111_p = (OutBits_ct[23] ^ OutBits_ct[24]);
assign KoggeStone0_PG_Generator111_g = (OutBits_ct[23] & OutBits_ct[24]);



assign KoggeStone0_PG_Generator112_p = (OutBits_ct[25] ^ OutBits_ct[26]);
assign KoggeStone0_PG_Generator112_g = (OutBits_ct[25] & OutBits_ct[26]);



assign KoggeStone0_PG_Generator113_p = (OutBits_ct[27] ^ OutBits_ct[28]);
assign KoggeStone0_PG_Generator113_g = (OutBits_ct[27] & OutBits_ct[28]);



assign KoggeStone0_GrayCircle0_go = (KoggeStone0_PG_Generator10_g | (KoggeStone0_PG_Generator10_p & KoggeStone0_PG_Generator00_g));



assign KoggeStone0_BlackCircle0_po = (KoggeStone0_PG_Generator11_p & KoggeStone0_PG_Generator10_p);
assign KoggeStone0_BlackCircle0_go = (KoggeStone0_PG_Generator11_g | (KoggeStone0_PG_Generator11_p & KoggeStone0_PG_Generator10_g));



assign KoggeStone0_BlackCircle1_po = (KoggeStone0_PG_Generator12_p & KoggeStone0_PG_Generator11_p);
assign KoggeStone0_BlackCircle1_go = (KoggeStone0_PG_Generator12_g | (KoggeStone0_PG_Generator12_p & KoggeStone0_PG_Generator11_g));



assign KoggeStone0_BlackCircle2_po = (KoggeStone0_PG_Generator13_p & KoggeStone0_PG_Generator12_p);
assign KoggeStone0_BlackCircle2_go = (KoggeStone0_PG_Generator13_g | (KoggeStone0_PG_Generator13_p & KoggeStone0_PG_Generator12_g));



assign KoggeStone0_BlackCircle3_po = (KoggeStone0_PG_Generator14_p & KoggeStone0_PG_Generator13_p);
assign KoggeStone0_BlackCircle3_go = (KoggeStone0_PG_Generator14_g | (KoggeStone0_PG_Generator14_p & KoggeStone0_PG_Generator13_g));



assign KoggeStone0_BlackCircle4_po = (KoggeStone0_PG_Generator15_p & KoggeStone0_PG_Generator14_p);
assign KoggeStone0_BlackCircle4_go = (KoggeStone0_PG_Generator15_g | (KoggeStone0_PG_Generator15_p & KoggeStone0_PG_Generator14_g));



assign KoggeStone0_BlackCircle5_po = (KoggeStone0_PG_Generator16_p & KoggeStone0_PG_Generator15_p);
assign KoggeStone0_BlackCircle5_go = (KoggeStone0_PG_Generator16_g | (KoggeStone0_PG_Generator16_p & KoggeStone0_PG_Generator15_g));



assign KoggeStone0_BlackCircle6_po = (KoggeStone0_PG_Generator17_p & KoggeStone0_PG_Generator16_p);
assign KoggeStone0_BlackCircle6_go = (KoggeStone0_PG_Generator17_g | (KoggeStone0_PG_Generator17_p & KoggeStone0_PG_Generator16_g));



assign KoggeStone0_BlackCircle7_po = (KoggeStone0_PG_Generator18_p & KoggeStone0_PG_Generator17_p);
assign KoggeStone0_BlackCircle7_go = (KoggeStone0_PG_Generator18_g | (KoggeStone0_PG_Generator18_p & KoggeStone0_PG_Generator17_g));



assign KoggeStone0_BlackCircle8_po = (KoggeStone0_PG_Generator19_p & KoggeStone0_PG_Generator18_p);
assign KoggeStone0_BlackCircle8_go = (KoggeStone0_PG_Generator19_g | (KoggeStone0_PG_Generator19_p & KoggeStone0_PG_Generator18_g));



assign KoggeStone0_BlackCircle9_po = (KoggeStone0_PG_Generator110_p & KoggeStone0_PG_Generator19_p);
assign KoggeStone0_BlackCircle9_go = (KoggeStone0_PG_Generator110_g | (KoggeStone0_PG_Generator110_p & KoggeStone0_PG_Generator19_g));



assign KoggeStone0_BlackCircle10_po = (KoggeStone0_PG_Generator111_p & KoggeStone0_PG_Generator110_p);
assign KoggeStone0_BlackCircle10_go = (KoggeStone0_PG_Generator111_g | (KoggeStone0_PG_Generator111_p & KoggeStone0_PG_Generator110_g));



assign KoggeStone0_BlackCircle11_po = (KoggeStone0_PG_Generator112_p & KoggeStone0_PG_Generator111_p);
assign KoggeStone0_BlackCircle11_go = (KoggeStone0_PG_Generator112_g | (KoggeStone0_PG_Generator112_p & KoggeStone0_PG_Generator111_g));



assign KoggeStone0_BlackCircle12_po = (KoggeStone0_PG_Generator113_p & KoggeStone0_PG_Generator112_p);
assign KoggeStone0_BlackCircle12_go = (KoggeStone0_PG_Generator113_g | (KoggeStone0_PG_Generator113_p & KoggeStone0_PG_Generator112_g));



assign KoggeStone0_GrayCircle1_go = (KoggeStone0_BlackCircle0_go | (KoggeStone0_BlackCircle0_po & KoggeStone0_PG_Generator00_g));



assign KoggeStone0_GrayCircle2_go = (KoggeStone0_BlackCircle1_go | (KoggeStone0_BlackCircle1_po & KoggeStone0_GrayCircle0_go));



assign KoggeStone0_BlackCircle13_po = (KoggeStone0_BlackCircle2_po & KoggeStone0_BlackCircle0_po);
assign KoggeStone0_BlackCircle13_go = (KoggeStone0_BlackCircle2_go | (KoggeStone0_BlackCircle2_po & KoggeStone0_BlackCircle0_go));



assign KoggeStone0_BlackCircle14_po = (KoggeStone0_BlackCircle3_po & KoggeStone0_BlackCircle1_po);
assign KoggeStone0_BlackCircle14_go = (KoggeStone0_BlackCircle3_go | (KoggeStone0_BlackCircle3_po & KoggeStone0_BlackCircle1_go));



assign KoggeStone0_BlackCircle15_po = (KoggeStone0_BlackCircle4_po & KoggeStone0_BlackCircle2_po);
assign KoggeStone0_BlackCircle15_go = (KoggeStone0_BlackCircle4_go | (KoggeStone0_BlackCircle4_po & KoggeStone0_BlackCircle2_go));



assign KoggeStone0_BlackCircle16_po = (KoggeStone0_BlackCircle5_po & KoggeStone0_BlackCircle3_po);
assign KoggeStone0_BlackCircle16_go = (KoggeStone0_BlackCircle5_go | (KoggeStone0_BlackCircle5_po & KoggeStone0_BlackCircle3_go));



assign KoggeStone0_BlackCircle17_po = (KoggeStone0_BlackCircle6_po & KoggeStone0_BlackCircle4_po);
assign KoggeStone0_BlackCircle17_go = (KoggeStone0_BlackCircle6_go | (KoggeStone0_BlackCircle6_po & KoggeStone0_BlackCircle4_go));



assign KoggeStone0_BlackCircle18_po = (KoggeStone0_BlackCircle7_po & KoggeStone0_BlackCircle5_po);
assign KoggeStone0_BlackCircle18_go = (KoggeStone0_BlackCircle7_go | (KoggeStone0_BlackCircle7_po & KoggeStone0_BlackCircle5_go));



assign KoggeStone0_BlackCircle19_po = (KoggeStone0_BlackCircle8_po & KoggeStone0_BlackCircle6_po);
assign KoggeStone0_BlackCircle19_go = (KoggeStone0_BlackCircle8_go | (KoggeStone0_BlackCircle8_po & KoggeStone0_BlackCircle6_go));



assign KoggeStone0_BlackCircle20_po = (KoggeStone0_BlackCircle9_po & KoggeStone0_BlackCircle7_po);
assign KoggeStone0_BlackCircle20_go = (KoggeStone0_BlackCircle9_go | (KoggeStone0_BlackCircle9_po & KoggeStone0_BlackCircle7_go));



assign KoggeStone0_BlackCircle21_po = (KoggeStone0_BlackCircle10_po & KoggeStone0_BlackCircle8_po);
assign KoggeStone0_BlackCircle21_go = (KoggeStone0_BlackCircle10_go | (KoggeStone0_BlackCircle10_po & KoggeStone0_BlackCircle8_go));



assign KoggeStone0_BlackCircle22_po = (KoggeStone0_BlackCircle11_po & KoggeStone0_BlackCircle9_po);
assign KoggeStone0_BlackCircle22_go = (KoggeStone0_BlackCircle11_go | (KoggeStone0_BlackCircle11_po & KoggeStone0_BlackCircle9_go));



assign KoggeStone0_BlackCircle23_po = (KoggeStone0_BlackCircle12_po & KoggeStone0_BlackCircle10_po);
assign KoggeStone0_BlackCircle23_go = (KoggeStone0_BlackCircle12_go | (KoggeStone0_BlackCircle12_po & KoggeStone0_BlackCircle10_go));



assign KoggeStone0_GrayCircle3_go = (KoggeStone0_BlackCircle13_go | (KoggeStone0_BlackCircle13_po & KoggeStone0_PG_Generator00_g));



assign KoggeStone0_GrayCircle4_go = (KoggeStone0_BlackCircle14_go | (KoggeStone0_BlackCircle14_po & KoggeStone0_GrayCircle0_go));



assign KoggeStone0_GrayCircle5_go = (KoggeStone0_BlackCircle15_go | (KoggeStone0_BlackCircle15_po & KoggeStone0_GrayCircle1_go));



assign KoggeStone0_GrayCircle6_go = (KoggeStone0_BlackCircle16_go | (KoggeStone0_BlackCircle16_po & KoggeStone0_GrayCircle2_go));



assign KoggeStone0_BlackCircle24_po = (KoggeStone0_BlackCircle17_po & KoggeStone0_BlackCircle13_po);
assign KoggeStone0_BlackCircle24_go = (KoggeStone0_BlackCircle17_go | (KoggeStone0_BlackCircle17_po & KoggeStone0_BlackCircle13_go));



assign KoggeStone0_BlackCircle25_po = (KoggeStone0_BlackCircle18_po & KoggeStone0_BlackCircle14_po);
assign KoggeStone0_BlackCircle25_go = (KoggeStone0_BlackCircle18_go | (KoggeStone0_BlackCircle18_po & KoggeStone0_BlackCircle14_go));



assign KoggeStone0_BlackCircle26_po = (KoggeStone0_BlackCircle19_po & KoggeStone0_BlackCircle15_po);
assign KoggeStone0_BlackCircle26_go = (KoggeStone0_BlackCircle19_go | (KoggeStone0_BlackCircle19_po & KoggeStone0_BlackCircle15_go));



assign KoggeStone0_BlackCircle27_po = (KoggeStone0_BlackCircle20_po & KoggeStone0_BlackCircle16_po);
assign KoggeStone0_BlackCircle27_go = (KoggeStone0_BlackCircle20_go | (KoggeStone0_BlackCircle20_po & KoggeStone0_BlackCircle16_go));



assign KoggeStone0_BlackCircle28_po = (KoggeStone0_BlackCircle21_po & KoggeStone0_BlackCircle17_po);
assign KoggeStone0_BlackCircle28_go = (KoggeStone0_BlackCircle21_go | (KoggeStone0_BlackCircle21_po & KoggeStone0_BlackCircle17_go));



assign KoggeStone0_BlackCircle29_po = (KoggeStone0_BlackCircle22_po & KoggeStone0_BlackCircle18_po);
assign KoggeStone0_BlackCircle29_go = (KoggeStone0_BlackCircle22_go | (KoggeStone0_BlackCircle22_po & KoggeStone0_BlackCircle18_go));



assign KoggeStone0_BlackCircle30_po = (KoggeStone0_BlackCircle23_po & KoggeStone0_BlackCircle19_po);
assign KoggeStone0_BlackCircle30_go = (KoggeStone0_BlackCircle23_go | (KoggeStone0_BlackCircle23_po & KoggeStone0_BlackCircle19_go));



assign KoggeStone0_GrayCircle7_go = (KoggeStone0_BlackCircle24_go | (KoggeStone0_BlackCircle24_po & KoggeStone0_PG_Generator00_g));



assign KoggeStone0_GrayCircle8_go = (KoggeStone0_BlackCircle25_go | (KoggeStone0_BlackCircle25_po & KoggeStone0_GrayCircle0_go));



assign KoggeStone0_GrayCircle9_go = (KoggeStone0_BlackCircle26_go | (KoggeStone0_BlackCircle26_po & KoggeStone0_GrayCircle1_go));



assign KoggeStone0_GrayCircle10_go = (KoggeStone0_BlackCircle27_go | (KoggeStone0_BlackCircle27_po & KoggeStone0_GrayCircle2_go));



assign KoggeStone0_GrayCircle11_go = (KoggeStone0_BlackCircle28_go | (KoggeStone0_BlackCircle28_po & KoggeStone0_GrayCircle3_go));



assign KoggeStone0_GrayCircle12_go = (KoggeStone0_BlackCircle29_go | (KoggeStone0_BlackCircle29_po & KoggeStone0_GrayCircle4_go));



assign KoggeStone0_GrayCircle13_go = (KoggeStone0_BlackCircle30_go | (KoggeStone0_BlackCircle30_po & KoggeStone0_GrayCircle5_go));



assign KoggeStone0_FinalSum0_sum = (KoggeStone0_PG_Generator10_p ^ KoggeStone0_PG_Generator00_g);



assign KoggeStone0_FinalSum1_sum = (KoggeStone0_PG_Generator11_p ^ KoggeStone0_GrayCircle0_go);



assign KoggeStone0_FinalSum2_sum = (KoggeStone0_PG_Generator12_p ^ KoggeStone0_GrayCircle1_go);



assign KoggeStone0_FinalSum3_sum = (KoggeStone0_PG_Generator13_p ^ KoggeStone0_GrayCircle2_go);



assign KoggeStone0_FinalSum4_sum = (KoggeStone0_PG_Generator14_p ^ KoggeStone0_GrayCircle3_go);



assign KoggeStone0_FinalSum5_sum = (KoggeStone0_PG_Generator15_p ^ KoggeStone0_GrayCircle4_go);



assign KoggeStone0_FinalSum6_sum = (KoggeStone0_PG_Generator16_p ^ KoggeStone0_GrayCircle5_go);



assign KoggeStone0_FinalSum7_sum = (KoggeStone0_PG_Generator17_p ^ KoggeStone0_GrayCircle6_go);



assign KoggeStone0_FinalSum8_sum = (KoggeStone0_PG_Generator18_p ^ KoggeStone0_GrayCircle7_go);



assign KoggeStone0_FinalSum9_sum = (KoggeStone0_PG_Generator19_p ^ KoggeStone0_GrayCircle8_go);



assign KoggeStone0_FinalSum10_sum = (KoggeStone0_PG_Generator110_p ^ KoggeStone0_GrayCircle9_go);



assign KoggeStone0_FinalSum11_sum = (KoggeStone0_PG_Generator111_p ^ KoggeStone0_GrayCircle10_go);



assign KoggeStone0_FinalSum12_sum = (KoggeStone0_PG_Generator112_p ^ KoggeStone0_GrayCircle11_go);



assign KoggeStone0_FinalSum13_sum = (KoggeStone0_PG_Generator113_p ^ KoggeStone0_GrayCircle12_go);



assign OUTS = KoggeStone0_outs_vec;

endmodule